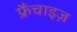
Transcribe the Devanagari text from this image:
फ्रैंचाइज़